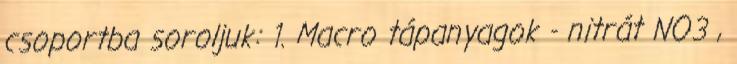
csoportba soroljuk: 1. Macro tápanyagok - nitrát NO3 ,